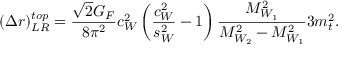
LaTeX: ( \Delta r ) _ { L R } ^ { t o p } = \frac { \sqrt { 2 } G _ { F } } { 8 \pi ^ { 2 } } c _ { W } ^ { 2 } \left( \frac { c _ { W } ^ { 2 } } { s _ { W } ^ { 2 } } - 1 \right) \frac { M _ { W _ { 1 } } ^ { 2 } } { M _ { W _ { 2 } } ^ { 2 } - M _ { W _ { 1 } } ^ { 2 } } 3 m _ { t } ^ { 2 } .